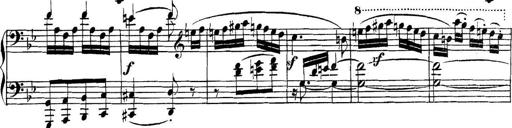
Title: Collected Piano Sonatas
Composer: Muzio Clementi